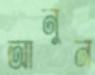
আনুন